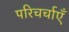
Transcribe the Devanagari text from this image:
परिचर्चाएँ